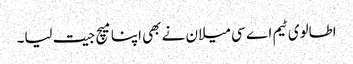
اطالوی ٹیم اے سی میلان نے بھی اپنا میچ جیت لیا۔